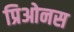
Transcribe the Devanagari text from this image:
प्रिओनस